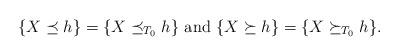
LaTeX: \begin{align*}\{ X \preceq h\}=\{ X \preceq_{T_0} h\}~{\rm {and}}~ \{X\succeq h\}= \{X\succeq_{T_0} h\}.\end{align*}